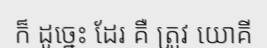
ក៏ ដូច្នេះ ដែរ គឺ ត្រូវ យោគី